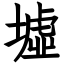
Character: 墟